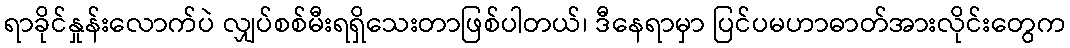
ရာခိုင်နှုန်းလောက်ပဲ လျှပ်စစ်မီးရရှိသေးတာဖြစ်ပါတယ်၊ ဒီနေရာမှာ ပြင်ပမဟာဓာတ်အားလိုင်းတွေက